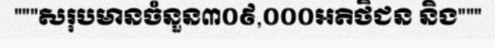
"""សរុបមានចំនួន៣០៩,០០០អតិថិជន និង"""